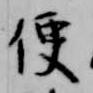
便